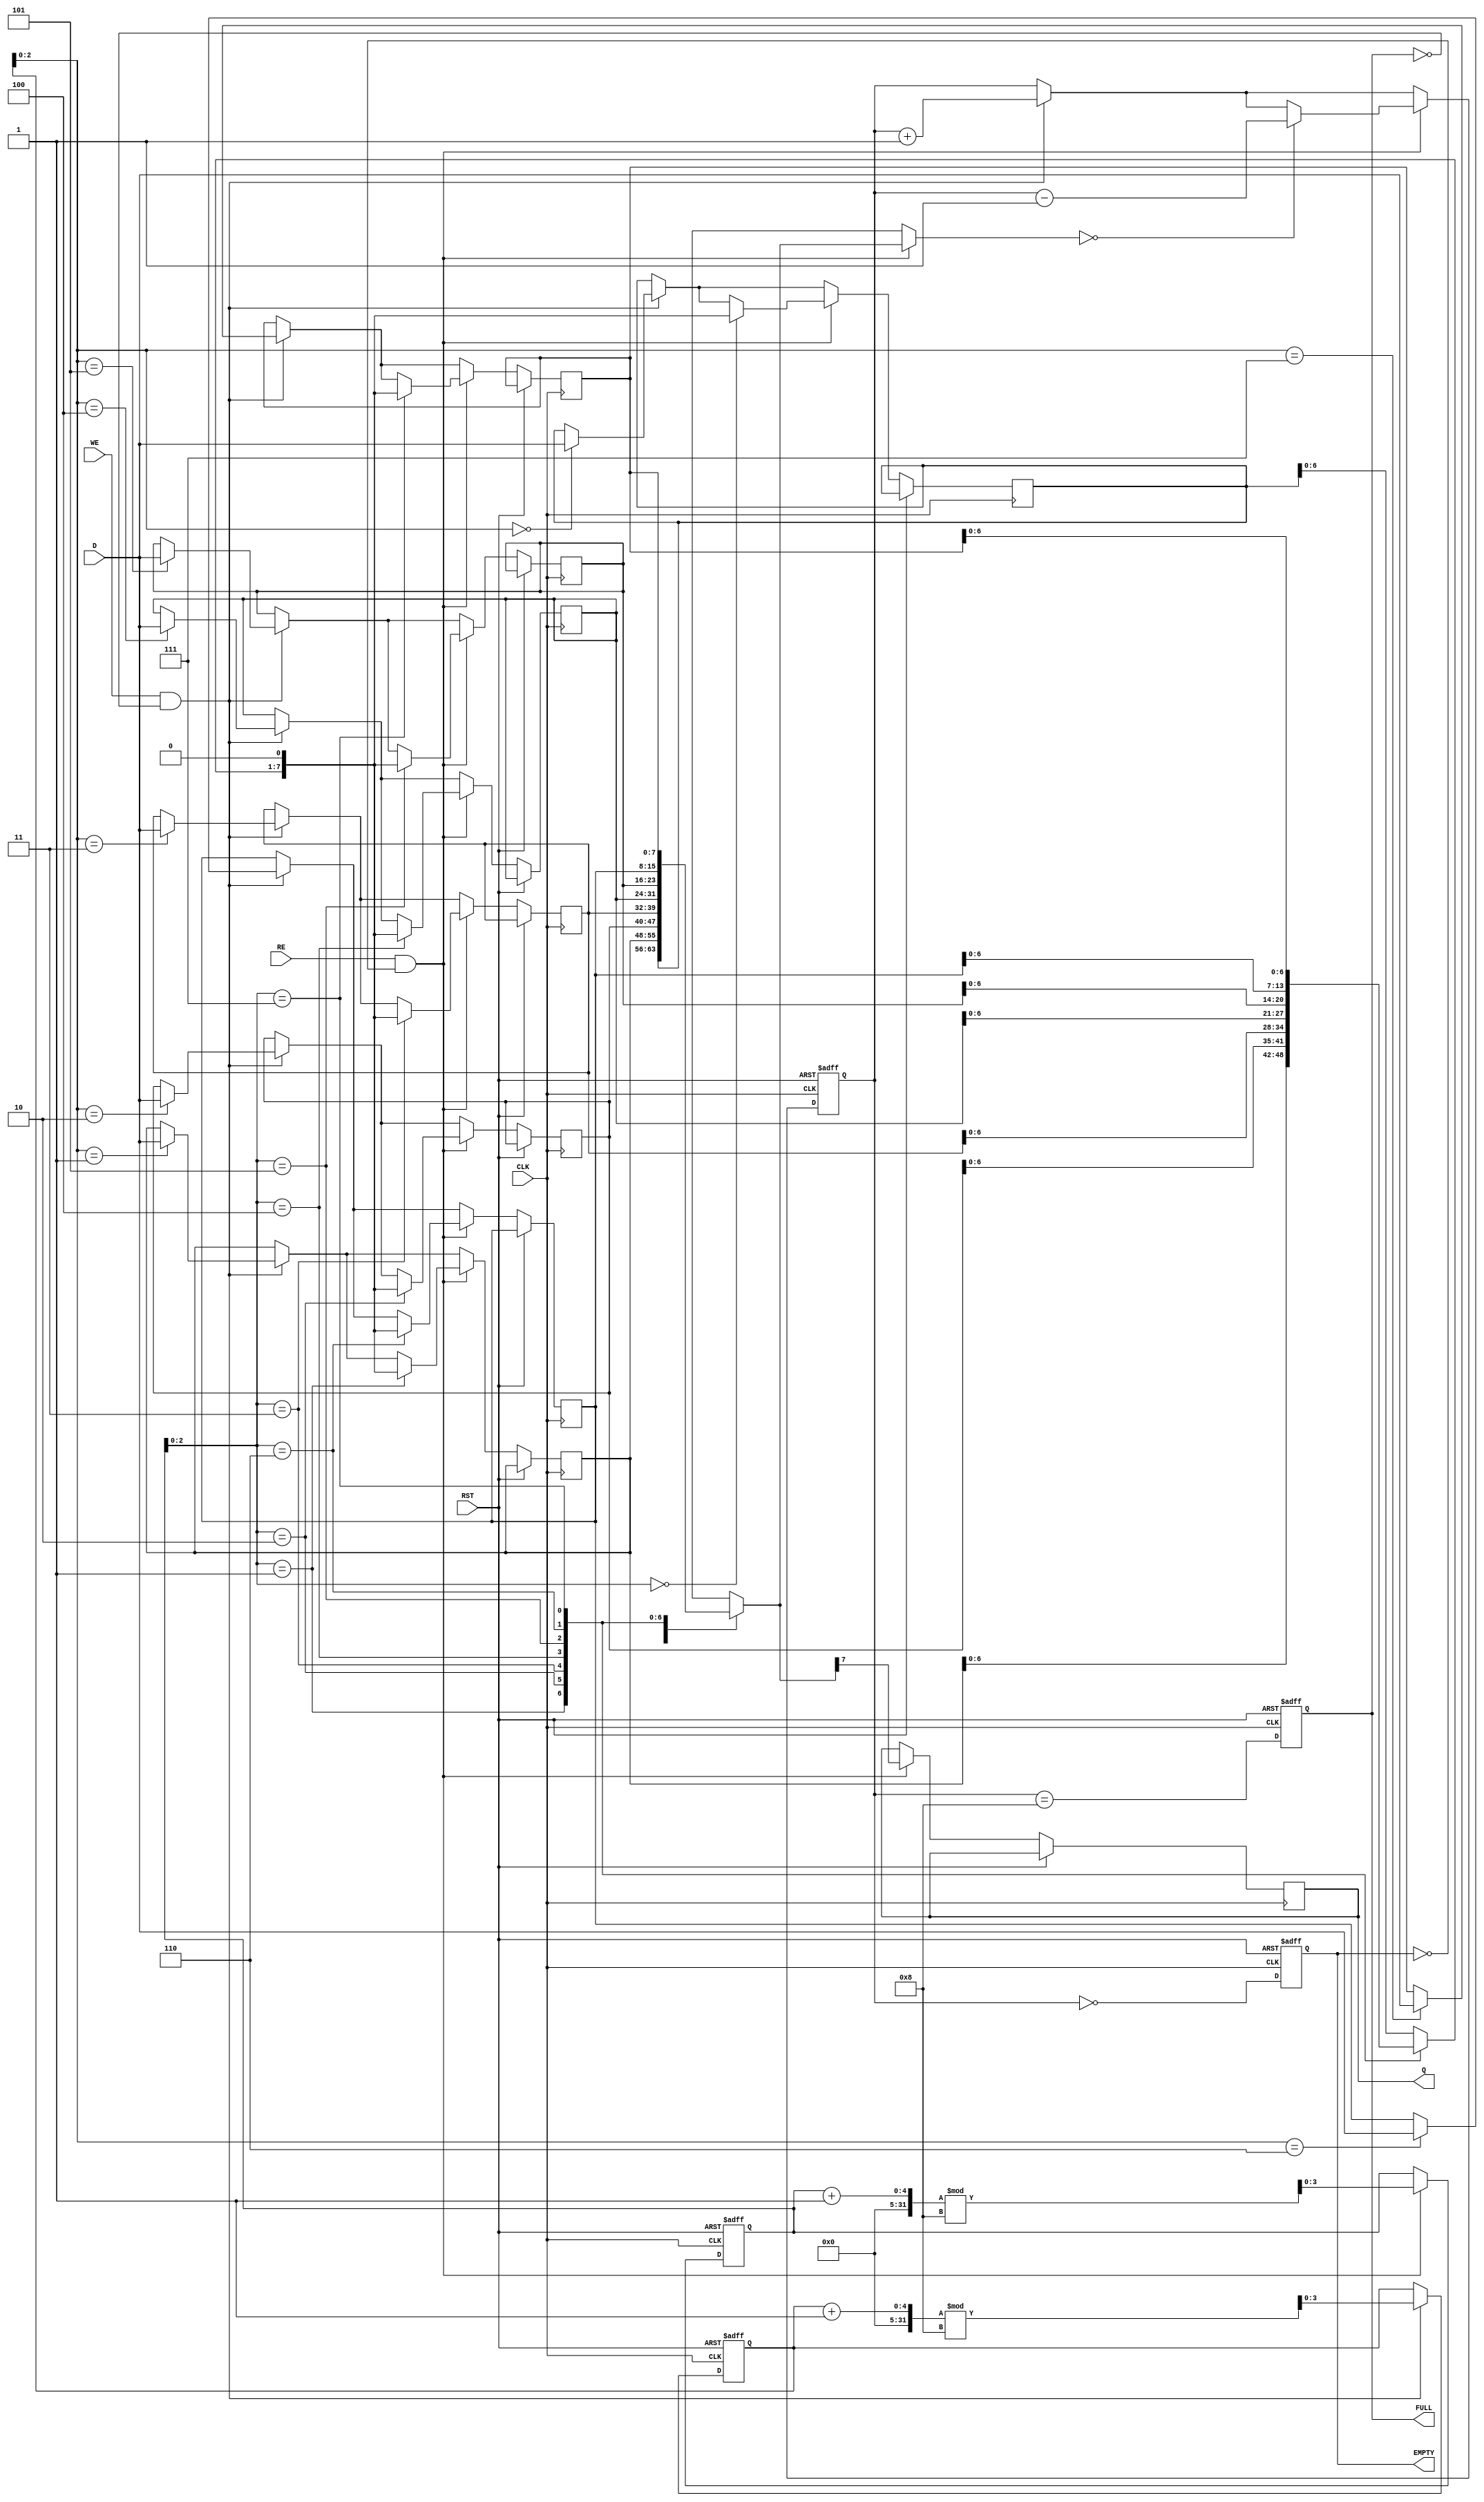
module fifo_piso (
    input wire [7:0] D,       // Parallel Data Input (8 bits)
    input wire WE,            // Write Enable
    input wire RE,            // Read Enable
    input wire CLK,           // Clock
    input wire RST,           // Reset
    output reg Q,             // Serial Output
    output reg FULL,          // Full Flag
    output reg EMPTY          // Empty Flag
);

    // Parameter for FIFO depth
    parameter DEPTH = 8;      // Number of entries in FIFO
    reg [7:0] fifo [0:DEPTH-1]; // FIFO storage
    reg [3:0] write_ptr;      // Pointer for writing
    reg [3:0] read_ptr;       // Pointer for reading
    reg [4:0] count;          // Counter for number of items in FIFO

    // Asynchronous Reset
    always @(posedge CLK or posedge RST) begin
        if (RST) begin
            write_ptr <= 0;
            read_ptr <= 0;
            count <= 0;
            FULL <= 0;
            EMPTY <= 1;
        end else begin
            // Write Operation
            if (WE && !FULL) begin
                fifo[write_ptr] <= D; // Store data in FIFO
                write_ptr <= (write_ptr + 1) % DEPTH; // Circular increment
                count <= count + 1;
            end
            
            // Read Operation
            if (RE && !EMPTY) begin
                Q <= fifo[read_ptr][7]; // Output the MSB of the current FIFO entry
                fifo[read_ptr] <= {fifo[read_ptr][6:0], 1'b0}; // Shift left
                read_ptr <= (read_ptr + 1) % DEPTH; // Circular increment
                if (fifo[read_ptr] == 0) begin
                    count <= count - 1;
                end
            end
            
            // Update FULL and EMPTY flags
            FULL <= (count == DEPTH);
            EMPTY <= (count == 0);
        end
    end

endmodule